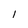
Character: 1